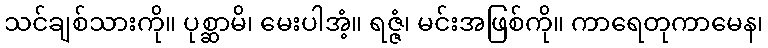
သင်ချစ်သားကို။ ပုစ္ဆာမိ၊ မေးပါအံ့။ ရဇ္ဇံ၊ မင်းအဖြစ်ကို။ ကာရေတုကာမေန၊